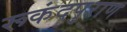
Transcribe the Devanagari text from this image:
रूकंदपुराण